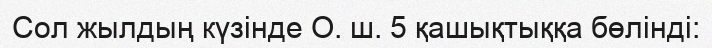
Сол жылдың күзінде О. ш. 5 қашықтыққа бөлінді: